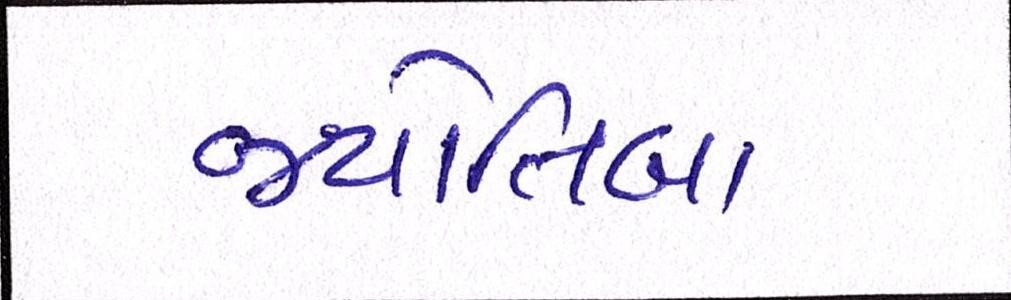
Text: જ્યોતિબા